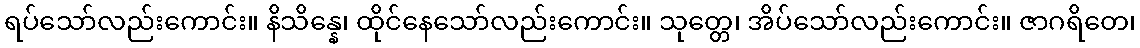
ရပ်သော်လည်းကောင်း။ နိသိန္နေ၊ ထိုင်နေသော်လည်းကောင်း။ သုတ္တေ၊ အိပ်သော်လည်းကောင်း။ ဇာဂရိတေ၊